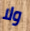
ولا